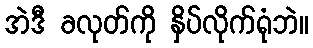
အဲဒီ ခလုတ်ကို နှိပ်လိုက်ရုံဘဲ။